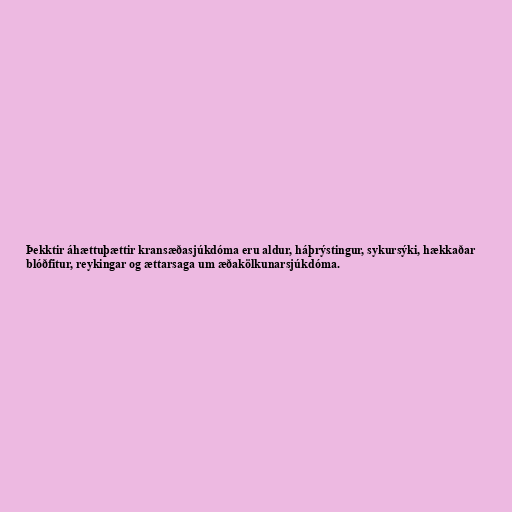
Þekktir áhættuþættir kransæðasjúkdóma eru aldur, háþrýstingur, sykursýki, hækkaðar
blóðfitur, reykingar og ættarsaga um æðakölkunarsjúkdóma.